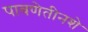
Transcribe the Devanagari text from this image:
पावणेतीनशे